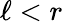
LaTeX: \ell<r